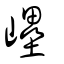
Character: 㠥